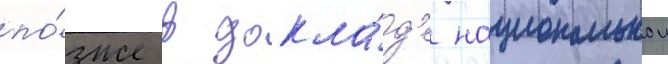
по́зже в докла́д'е национальнои